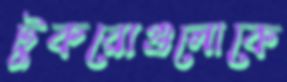
টুকরোগুলোকে